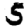
Digit: 5